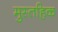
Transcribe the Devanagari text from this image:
मुस्तहिक